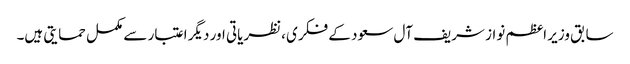
سابق وزیر اعظم نواز شریف آل سعود کے فکری ،نظریاتی اور دیگر اعتبار سے مکمل حمایتی ہیں۔